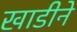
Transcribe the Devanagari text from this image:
खाडीने